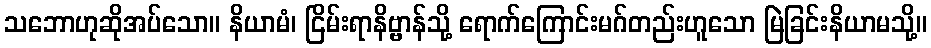
သဘောဟုဆိုအပ်သော။ နိယာမံ၊ ငြိမ်းရာနိဗ္ဗာန်သို့ ရောက်ကြောင်းမဂ်တည်းဟူသော မြဲခြင်းနိယာမသို့။